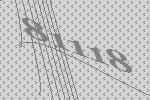
81118